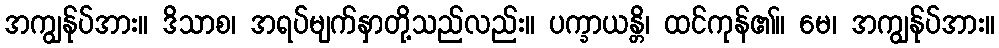
အကျွန်ုပ်အား။ ဒိသာစ၊ အရပ်မျက်နှာတို့သည်လည်း။ ပက္ခာယန္တိ၊ ထင်ကုန်၏။ မေ၊ အကျွန်ုပ်အား။